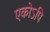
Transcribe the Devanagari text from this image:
एकोऽपि